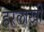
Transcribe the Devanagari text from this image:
हरलाखी